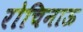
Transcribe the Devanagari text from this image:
रोचिनाऊ